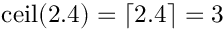
\operatorname { c e i l } ( 2 . 4 ) = \lceil 2 . 4 \rceil = 3